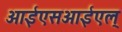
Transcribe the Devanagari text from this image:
आईएसआईएल्